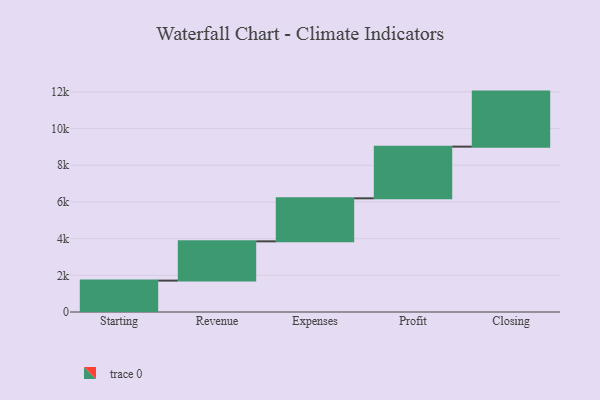
{"axis": {"x": "Step", "y": "Value"}, "legend": [""], "data": [{"x": "Starting", "y": 1712.0, "type": ""}, {"x": "Revenue", "y": 2140.0, "type": ""}, {"x": "Expenses", "y": 2346.0, "type": ""}, {"x": "Profit", "y": 2817.0, "type": ""}, {"x": "Closing", "y": 3000, "type": ""}]}